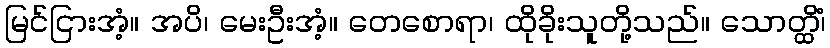
မြင်ငြားအံ့။ အပိ၊ မေးဦးအံ့။ တေစောရာ၊ ထိုခိုးသူတို့သည်။ သောတ္ထိံ၊